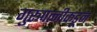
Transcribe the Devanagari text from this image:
गुरूपत्‍नीकडून